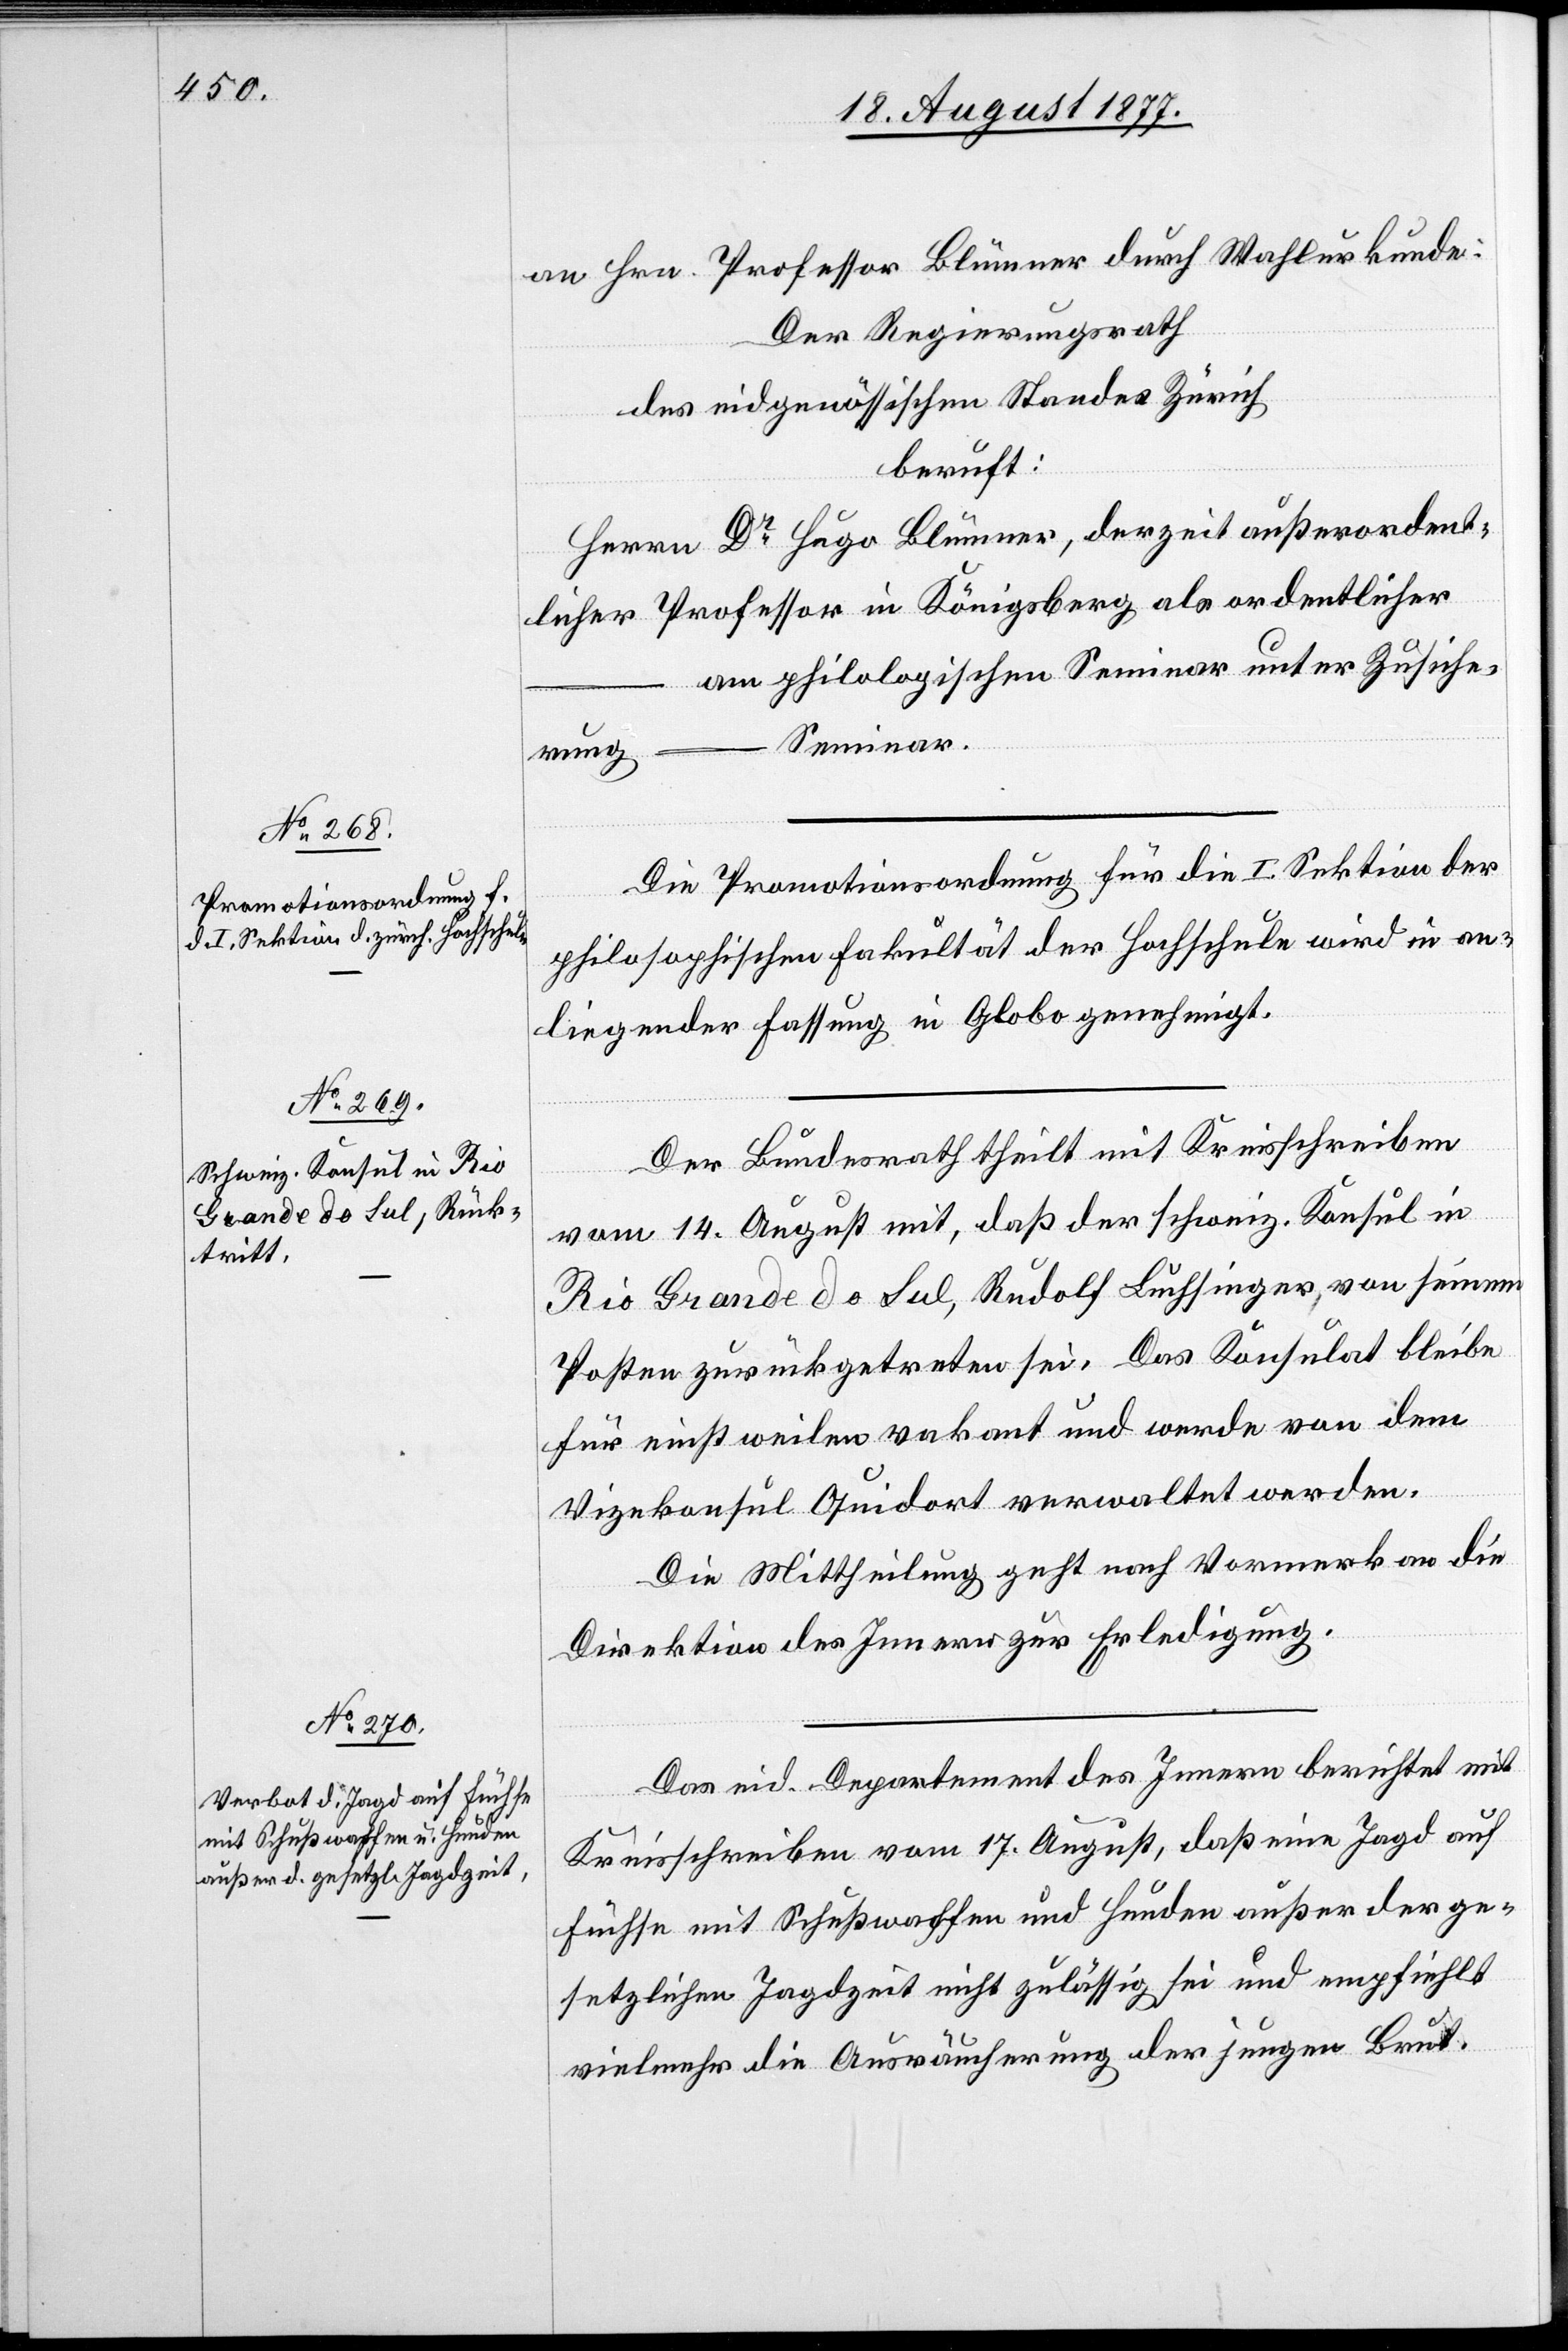
an Hrn. Professor Blümner durch Wahlurkunde:
Der Regierungsrath
des eidgenössischen Standes Zürich
beruft:
Herrn Dr Hugo Blümner, derzeit außerordent¬
licher Professor in Königsberg als ordentlicher
am philologischen Seminar unter Zusiche¬
Seminar.
rung
Die Promotionsordnung für die I. Sektion der
philosophischen Fakultät der Hochschule wird in an¬
liegender Fassung in Globo genehmigt.
Der Bundesrath theilt mit Kreisschreiben
vom 14. August mit, daß der schweiz. Konsul in
Rio Grande do Sul, Rudolf Luchsinger, von seinem
Posten zurückgetreten sei. Das Konsulat bleibe
für einstweilen vakant und werde von dem
Vizekonsul Quidort verwaltet werden.
Die Mittheilung geht nach Vormerk an die
Direktion des Innern zur Erledigung.
Das eid. Departement des Innern berichtet mit
…
Kreisschreiben vom 17. August, daß eine Jagd auf
Füchse mit Schußwaffen und Hunden außer der ge¬
setzlichen Jagdzeit nicht zulässig sei und empfiehlt
vielmehr die Ausräucherung der jungen Brut.